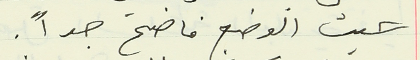
حيث الوضع فاضح جداً.